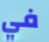
في